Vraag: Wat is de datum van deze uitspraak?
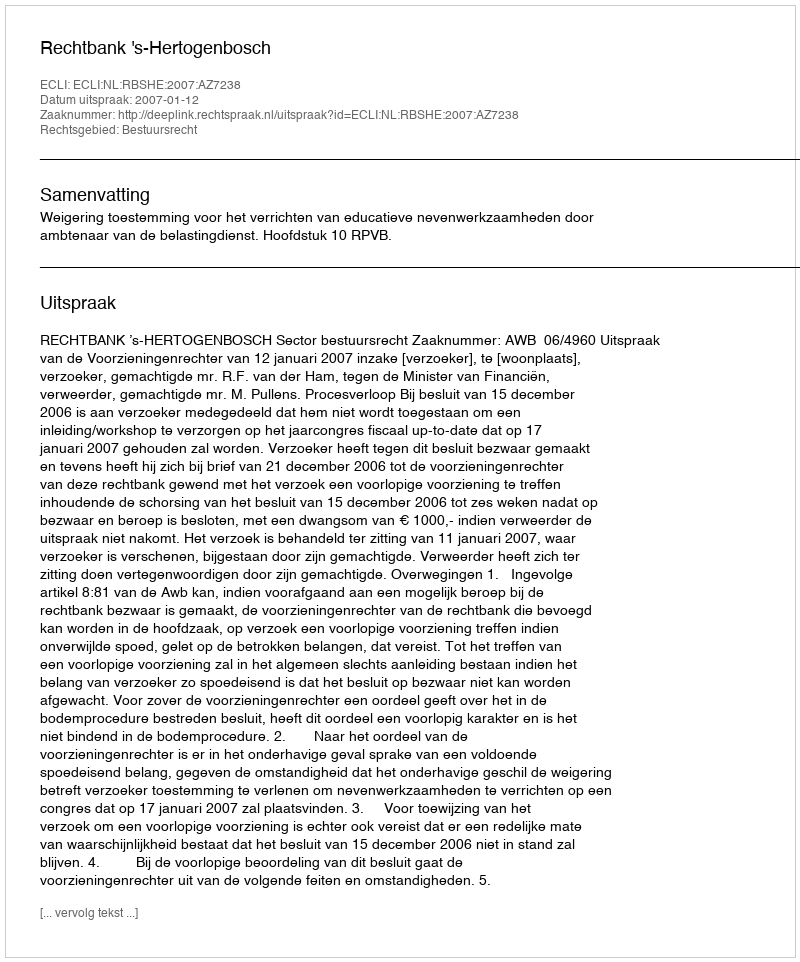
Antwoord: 2007-01-12